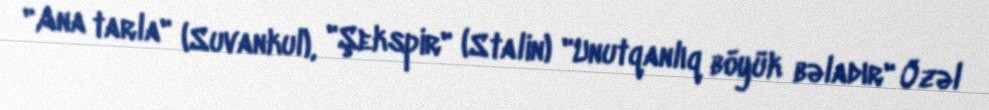
"Ana tarla" (Suvankul), "Şekspir" (Stalin) "Unutqanlıq böyük bəladır" Özəl